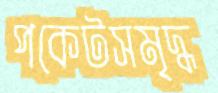
পকেটসমৃদ্ধ